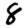
Digit: 8